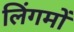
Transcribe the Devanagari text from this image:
लिंगमों